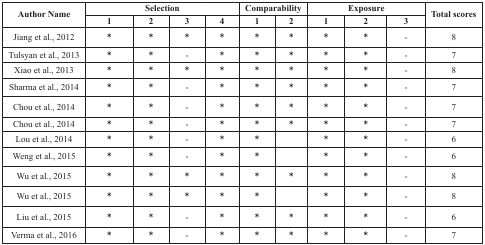
| <ROWSPAN=2> Author Name | <COLSPAN=4> Selection | <COLSPAN=2> Comparability | <COLSPAN=3> Exposure | <ROWSPAN=2> Total scores |
 | 1 | 2 | 3 | 4 | 1 | 2 | 1 | 2 | 3 |
 | --- | --- | --- | --- | --- | --- | --- | --- | --- | --- | --- |
 | Jiang et al., 2012 | * | * | * | * | * | * | * | * | - | 8 |
 | Tulsyan et al., 2013 | * | * | - | * | * | * | * | * | - | 7 |
 | Xiao et al., 2013 | * | * | * | * | * | * | * | * | - | 8 |
 | Sharma et al., 2014 | * | * | - | * | * | * | * | * | - | 7 |
 | Chou et al., 2014 | * | * | - | * | * | * | * | * | - | 7 |
 | Chou et al., 2014 | * | * | - | * | * | * | * | * | - | 7 |
 | Lou et al., 2014 | * | * | - | * | * |  | * | * | - | 6 |
 | Weng et al., 2015 | * | * | - | * | * |  | * | * | - | 6 |
 | Wu et al., 2015 | * | * | * | * | * | * | * | * | - | 8 |
 | Wu et al., 2015 | * | * | * | * | * |  | * | * | - | 8 |
 | Liu et al., 2015 | * | * | - | * | * | * | * | * | - | 6 |
 | Verma et al., 2016 | * | * | - | * | * | * | * | * | - | 7 |